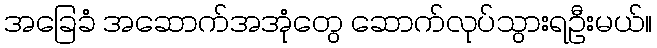
အခြေခံ အဆောက်အအုံတွေ ဆောက်လုပ်သွားရဦးမယ်။